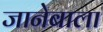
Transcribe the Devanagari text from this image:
जानेबाला